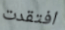
افتقدت